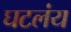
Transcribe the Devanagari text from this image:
घटलंय